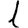
Digit: 1